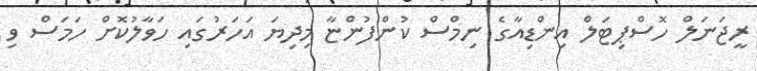
ރީޖަނަލް ހޮސްޕިޓަލް އިންޑިއާގެ ނިމްސް ކުންފުންޏާ މިދިޔަ އަހަރުގައިި ހަވާލުކޮށް ހަމަސް ވި